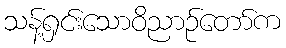
သန့်ရှင်းသောဝိညာဉ်တော်က